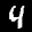
Label: 4